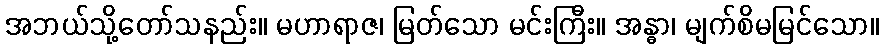
အဘယ်သို့တော်သနည်း။ မဟာရာဇ၊ မြတ်သော မင်းကြီး။ အန္ဓာ၊ မျက်စိမမြင်သော။